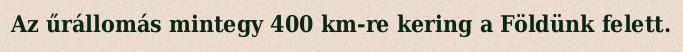
Az űrállomás mintegy 400 km-re kering a Földünk felett.